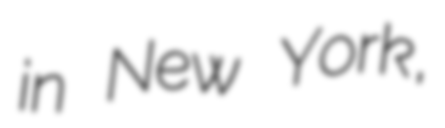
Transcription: in New York,